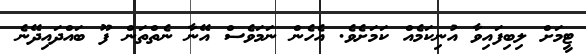
ޓީމަށް ލިބިފައިވާ އުނިކަމެއް ކަމަށެވެ. އެހެން ނަމަވެސް އޭނާ ނެތްތަން ފޫ ބައްދައިދޭނެ